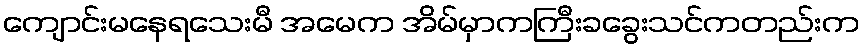
ကျောင်းမနေရသေးမီ အမေက အိမ်မှာကကြီးခခွေးသင်ကတည်းက